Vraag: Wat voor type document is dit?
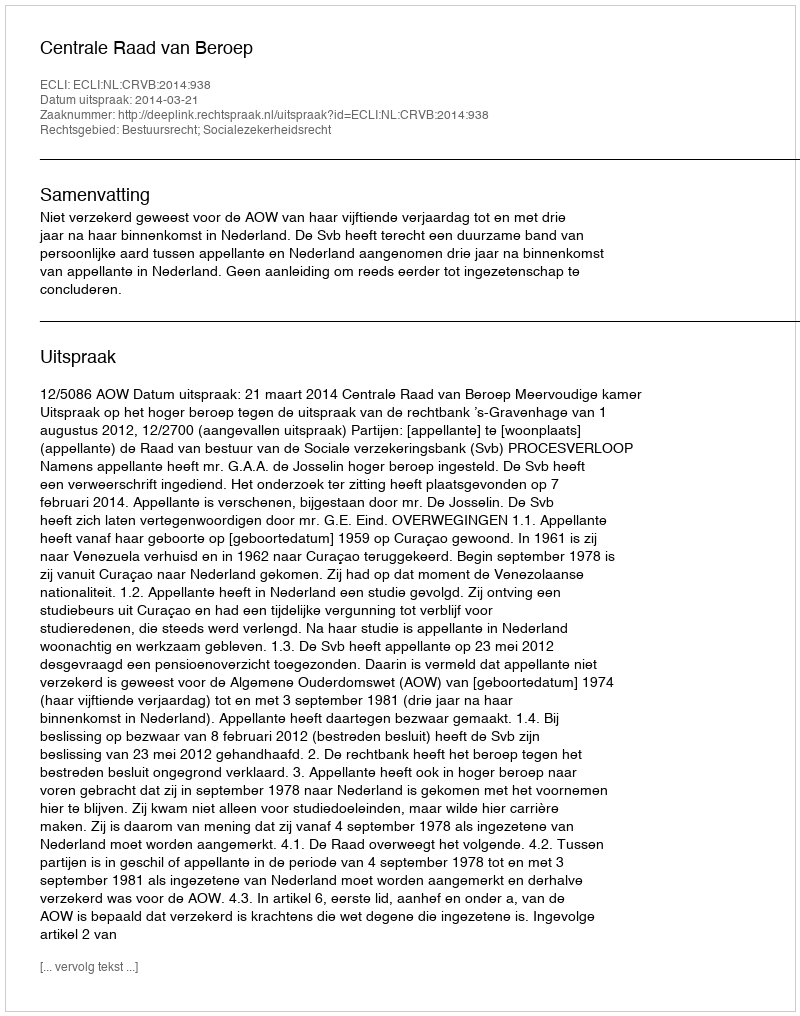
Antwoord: Uitspraak